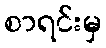
စာရင်းမှ